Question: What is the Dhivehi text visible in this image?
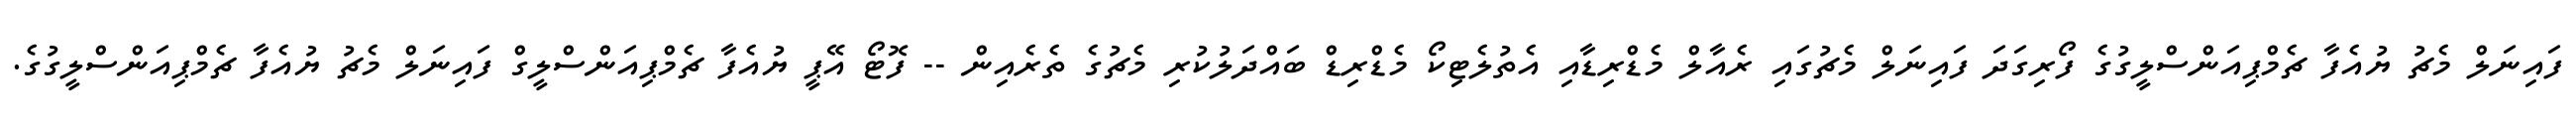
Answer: ފައިނަލް މެޗު ޔުއެފާ ޗެމްޕިއަންސްލީގުގެ ފޯރިގަދަ ފައިނަލް މެޗުގައި ރެއާލް މެޑްރިޑާއި އެތުލެޓިކޯ މެޑްރިޑް ބައްދަލުކުރި މެޗުގެ ތެރެއިން -- ފޮޓޯ އޭޕީ ޔުއެފާ ޗެމްޕިއަންސްލީގް ފައިނަލް މެޗު ޔުއެފާ ޗެމްޕިއަންސްލީގުގެ.